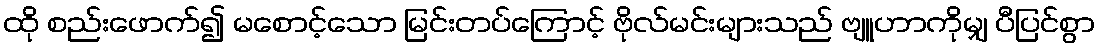
ထို စည်းဖောက်၍ မစောင့်သော မြင်းတပ်ကြောင့် ဗိုလ်မင်းများသည် ဗျူဟာကိုမျှ ပီပြင်စွာ